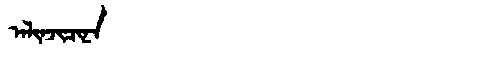
Manchu: ᠠᠯᡳᠨᠵᡳᠴᡳᠨᠠ
Romanization: ALINJICINA